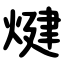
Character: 煡